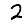
Digit: 2